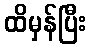
ထိမှန်ပြီး